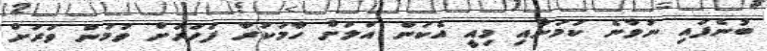
ބުނެފައި ނުވާނެ ކަމަށާއި މިއީ އެކަން އަލަށް ހާމަކުރާ ފަހަރަށް ވުމުން ވަރަށް